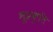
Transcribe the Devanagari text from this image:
भूप्रकृति